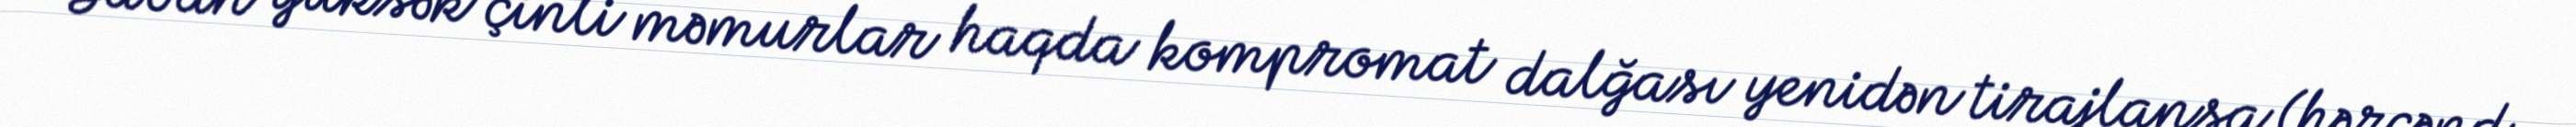
Sabah yüksək çinli məmurlar haqda kompromat dalğası yenidən tirajlansa (hərçənd